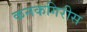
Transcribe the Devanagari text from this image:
कनकगिरीस